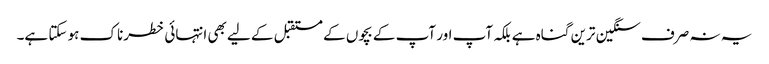
یہ نہ صرف سنگین ترین گناہ ہے بلکہ آپ اور آپ کے بچوں کے مستقبل کے لیے بھی انتہائی خطرناک ہو سکتا ہے۔